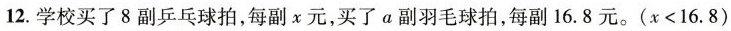
12.学校买了8副乒乓球拍，每副x元，买了a副羽毛球拍，每副16.8元。(x<16.8)